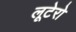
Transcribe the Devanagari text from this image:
लूटेरो